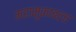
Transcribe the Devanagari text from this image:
महामुकाबला